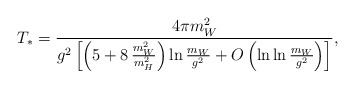
\begin{align*} T_*=\frac{4\pi m_W^2}{g^2\left[\left(5+8\,\frac{m_W^2}{m_H^2}\right)\ln\frac{m_W}{g^2} +O\left(\ln\ln\frac{m_W}{g^2}\right)\right]},\end{align*}